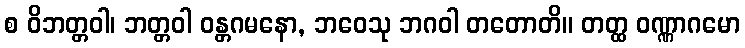
စ ဝိဘတ္တဝါ၊ ဘတ္တဝါ ဝန္တဂမနော, ဘဝေသု ဘဂဝါ တတောတိ။ တတ္ထ ဝဏ္ဏာဂမော